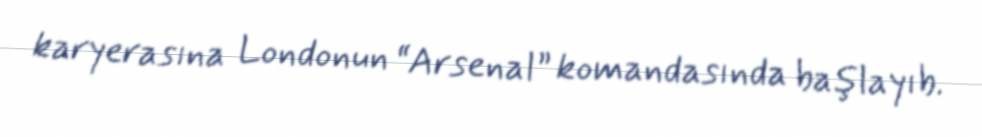
karyerasına Londonun “Arsenal” komandasında başlayıb.